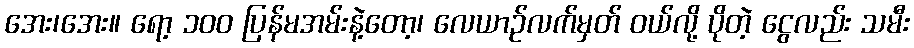
အေး၊အေး။ ရော့ ၁၀၀ ပြန်မအမ်းနဲ့တော့၊ လေယာဉ်လက်မှတ် ဝယ်လို့ ပိုတဲ့ ငွေလည်း သမီး